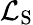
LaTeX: \mathcal{L}_{\mathrm{S}}